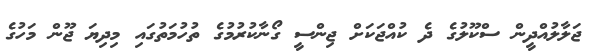
ޖަލާލުއްދީން ސްކޫލުގެ ދެ ކުއްޖަކަށް ޖިންސީ ގޯނާކުރުމުގެ ތުހުމަތުގައި މިދިޔަ ޖޫން މަހުގެ